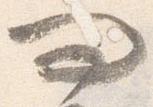
問